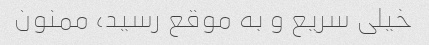
خیلی سریع و به موقع رسید، ممنون